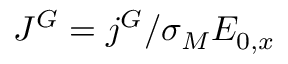
J ^ { G } = j ^ { G } / \sigma _ { M } E _ { 0 , x }